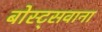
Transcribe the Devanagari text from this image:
बोस्ट्सवाना